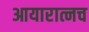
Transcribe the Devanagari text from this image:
आयारात्नच